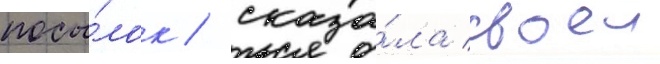
посы́лок / сказа́ла своеи